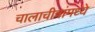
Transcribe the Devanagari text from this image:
चालाचीत्रांमध्ये